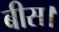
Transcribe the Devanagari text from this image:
बीस।